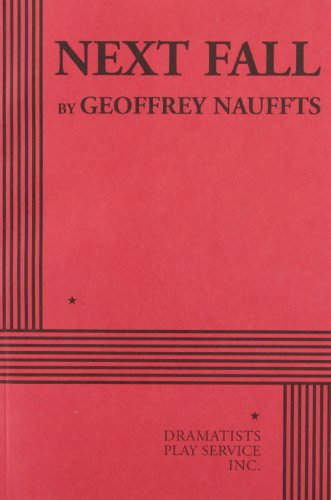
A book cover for Next Fall - Acting Edition; Geoffrey Nauffts; Humor & Entertainment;